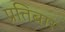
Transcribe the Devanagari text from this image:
प्रतिबार